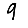
Digit: 9